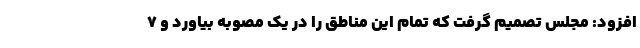
افزود: مجلس تصمیم گرفت که تمام این مناطق را در یک مصوبه بیاورد و ٧